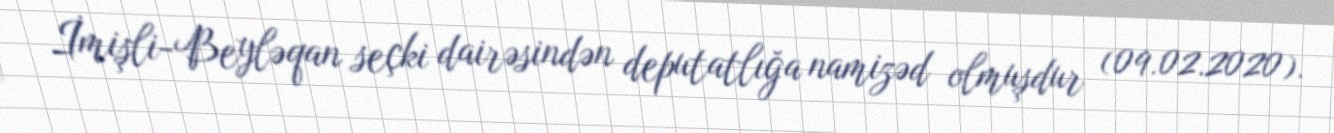
İmişli-Beyləqan seçki dairəsindən deputatlığa namizəd olmuşdur (09.02.2020).